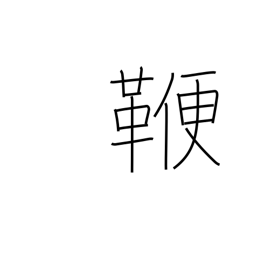
Meaning: rod